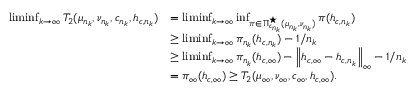
\begin{array} { r l } { \operatorname* { l i m i n f } _ { k \rightarrow \infty } T _ { 2 } ( \mu _ { n _ { k } } , \nu _ { n _ { k } } , c _ { n _ { k } } , h _ { c , { n _ { k } } } ) } & { = \operatorname* { l i m i n f } _ { k \rightarrow \infty } \operatorname* { i n f } _ { \pi \in \Pi _ { c _ { n _ { k } } } ^ { \star } ( \mu _ { n _ { k } } , \nu _ { n _ { k } } ) } \pi ( h _ { c , { n _ { k } } } ) } \\ & { \geq \operatorname* { l i m i n f } _ { k \rightarrow \infty } \pi _ { n _ { k } } ( h _ { c , { n _ { k } } } ) - 1 / { n _ { k } } } \\ & { \geq \operatorname* { l i m i n f } _ { k \rightarrow \infty } \pi _ { n _ { k } } ( h _ { c , { \infty } } ) - \left\| h _ { c , { \infty } } - h _ { c , { n _ { k } } } \right\| _ { \infty } - 1 / { n _ { k } } } \\ & { = \pi _ { \infty } ( h _ { c , { \infty } } ) \geq T _ { 2 } ( \mu _ { \infty } , \nu _ { \infty } , c _ { \infty } , h _ { c , { \infty } } ) . } \end{array}